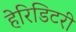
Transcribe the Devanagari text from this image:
हेरिडिटरी